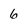
Character: 6